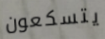
يتسكعون